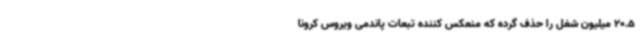
20.5 میلیون شغل را حذف گرده که منعکس کننده تبعات پاندمی ویروس کرونا